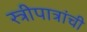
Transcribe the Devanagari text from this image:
स्त्रीपात्रांची